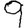
Digit: 9